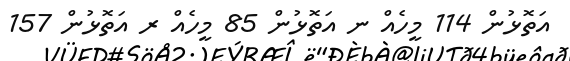
އަތޮޅުން 114 މީހެއް ނ އަތޮޅުން 85 މީހެއް ރ އަތޮޅުން 157